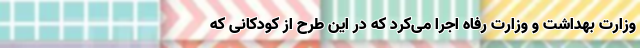
وزارت بهداشت و وزارت رفاه اجرا می‌کرد که در این طرح از کودکانی که